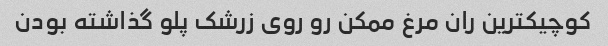
کوچیکترین ران مرغ ممکن رو روی زرشک پلو گذاشته بودن